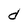
Character: d